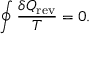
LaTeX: \oint { \frac { \delta Q _ { \mathrm { r e v } } } { T } } = 0 .